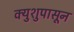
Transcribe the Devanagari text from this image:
क्युशुपासून